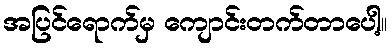
အပြင်ရောက်မှ ကျောင်းတက်တာပေါ့။